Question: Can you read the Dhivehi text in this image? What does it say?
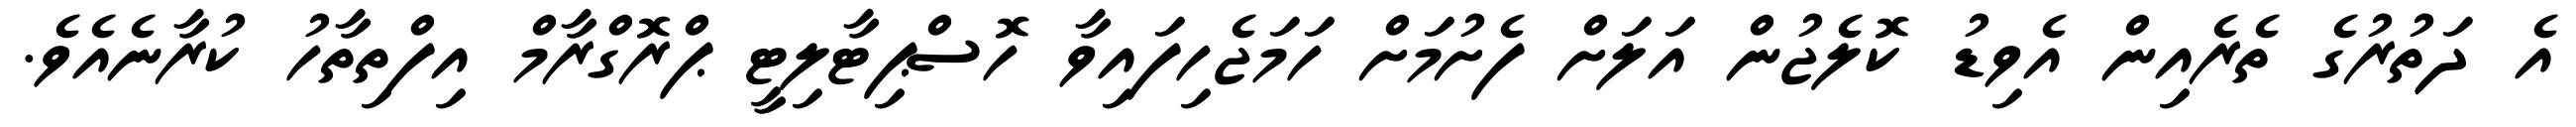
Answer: އެ ދަތުރުގެ ތެރެއިން އެވިޑު ކޮލެޖުން އަލަށް ފެށުމަށް ހަމަޖެހިފައިވާ ހޮސްޕިޓާލިޓީ ޕްރޮގްރާމް އިފްތިތާހު ކުރާނެއެވެ.